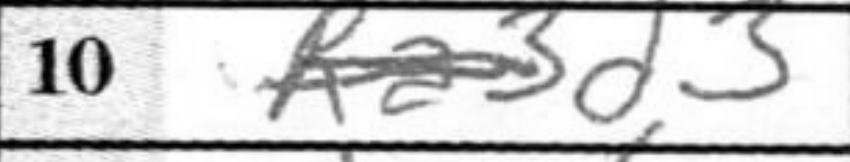
Transcription: d3